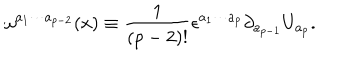
\omega ^ { a _ { 1 } \cdots a _ { p - 2 } } ( x ) \equiv \frac { 1 } { ( p - 2 ) ! } \epsilon ^ { a _ { 1 } \cdots a _ { p } } \partial _ { a _ { p - 1 } } U _ { a _ { p } } .